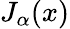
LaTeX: J_{\alpha}(x)